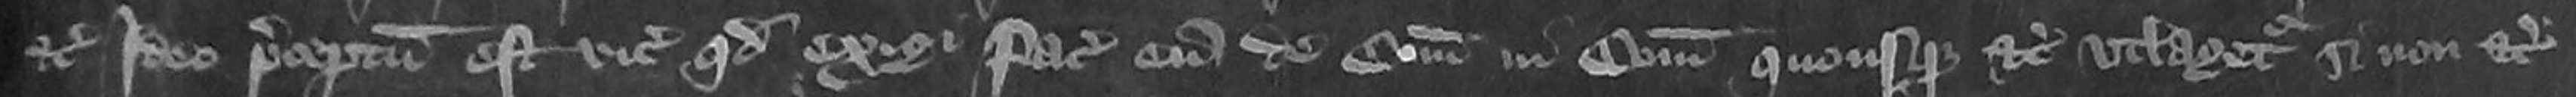
etc ideo preceptum est vicecomiti quod exigi faciat eum de comitatu in comitatum quousque etc utlagetur si non etc